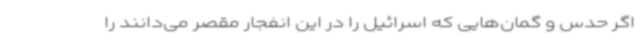
اگر حدس و گمان‌هایی که اسرائیل را در این انفجار مقصر می‌دانند را